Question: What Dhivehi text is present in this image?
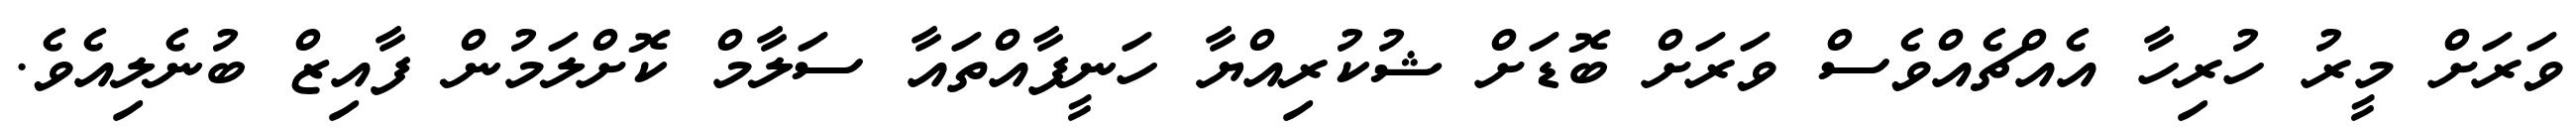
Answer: ވަރަށް މީރު ހުރިހާ އެއްޗެއްވެސް ވަރަށް ބޮޑަށް ޝުކުރިއްޔާ ހަނީފާއްތައާ ސަލާމް ކޮށްލަމުން ފާއިޒް ބުނެލިއެވެ.